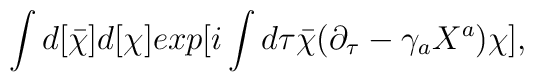
\int d[{\bar \chi}]d[\chi]exp[i\int d\tau{\bar \chi}(\partial_{\tau}-\gamma_a X^a)\chi ],